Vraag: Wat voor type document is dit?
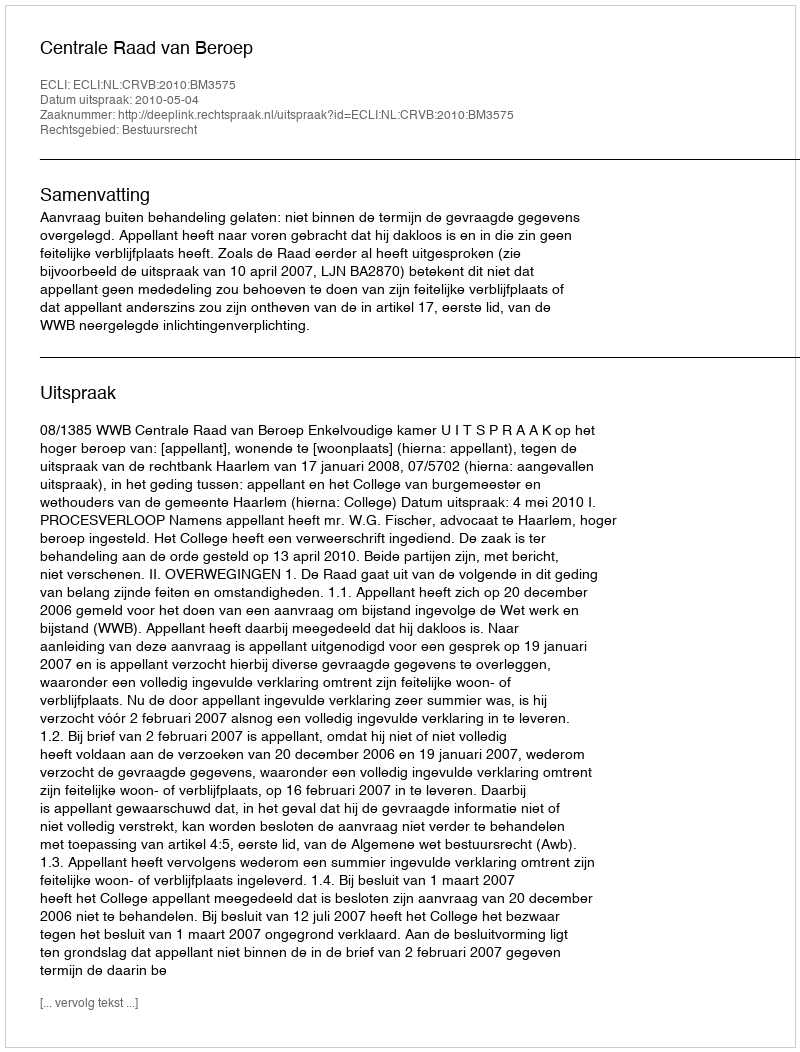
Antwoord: Uitspraak